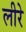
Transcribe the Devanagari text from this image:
लीरे